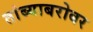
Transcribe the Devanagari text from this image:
तांब्याबरोबर